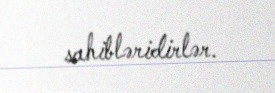
sahibləridirlər.